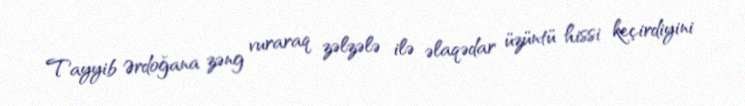
Tayyib Ərdoğana zəng vuraraq zəlzələ ilə əlaqədar üzüntü hissi keçirdiyini